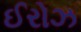
ઈરોઝ